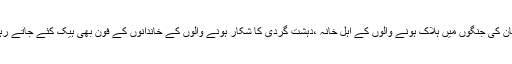
لیکن پھر جب لوگوں کو پتہ چلا کہ قتل ہونے والے ،عراق افغانستان کی جنگوں میں ہلاک ہونے والوں کے اہل خانہ ،دہشت گردی کا شکار ہونے والوں کے خاندانوں کے فون بھی ہیک کئے جاتے رہے ہیں ،تو لوگوں کے ادراک اور احساس کا انداز ہی بدلتا چلا گیا۔